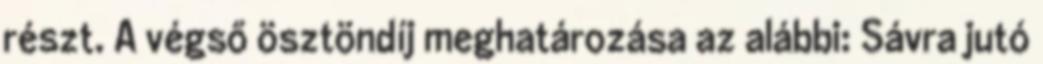
részt. A végső ösztöndíj meghatározása az alábbi: Sávra jutó